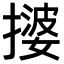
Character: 𫾀